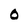
Character: O